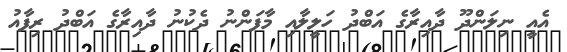
އެއީ ނިލަންދޫ ދާއިރާގެ އަބްދު ހަލީލާއި މާފަންނު ދެކުނު ދާއިރާގެ އަބްދު ރިފާއު